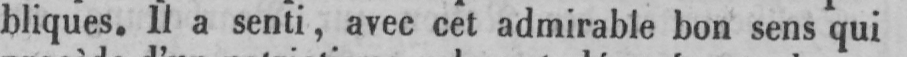
bliques. Il a senti, avec cet admirable bon sens qui